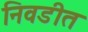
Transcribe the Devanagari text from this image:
निवडीत